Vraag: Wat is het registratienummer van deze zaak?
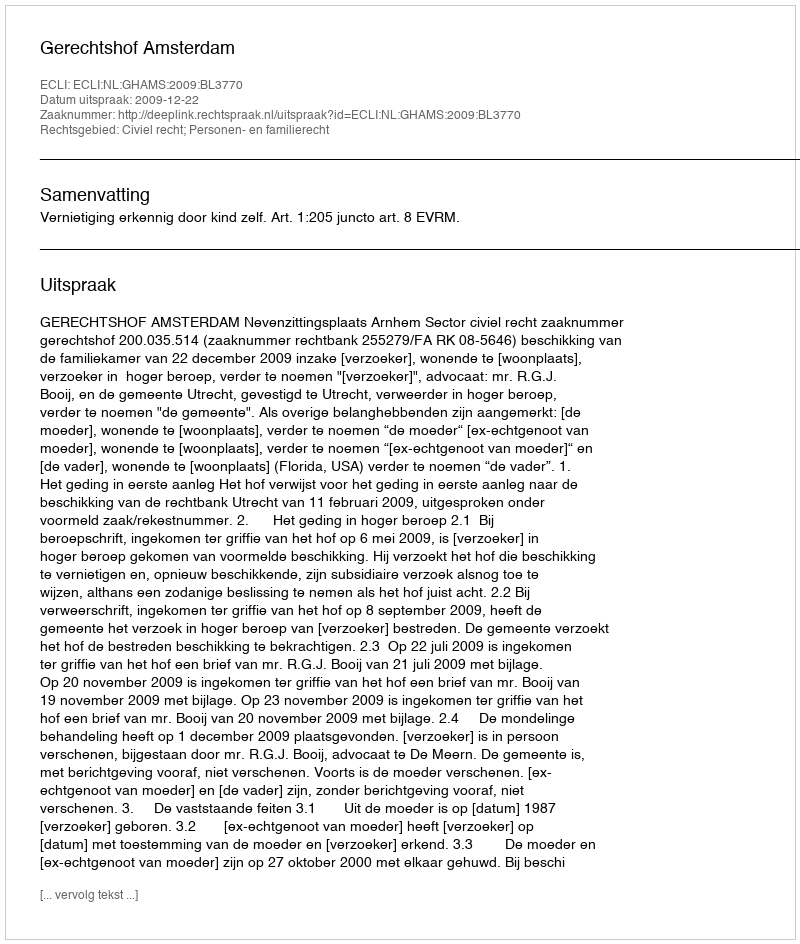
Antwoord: http://deeplink.rechtspraak.nl/uitspraak?id=ECLI:NL:GHAMS:2009:BL3770